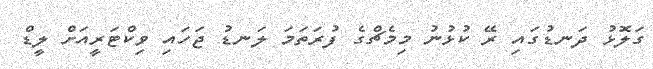
ގަލޮޅު ދަނޑުގައި ރޭ ކުޅުނު މިމެޗްގެ ފުރަތަމަ ލަނޑު ޖަހައި ވިކްޓަރީއަށް ލީޑް